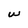
Character: w